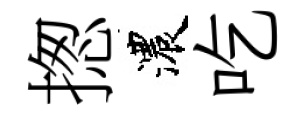
揔濃吃